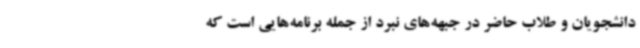
دانشجویان و طلاب حاضر در جبهه‌های نبرد از جمله برنامه‌هایی است که